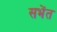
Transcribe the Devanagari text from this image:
सभेंत